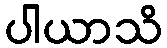
ပါယာသိ